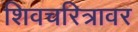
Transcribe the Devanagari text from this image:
शिवचरित्रावर